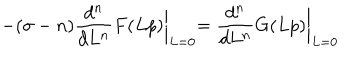
- ( \sigma - n ) \frac { d ^ { n } } { d L ^ { n } } F ( L p ) \biggl \vert _ { L = 0 } = \frac { d ^ { n } } { d L ^ { n } } G ( L p ) \biggl \vert _ { L = 0 }